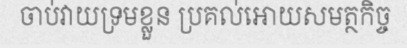
ចាប់វាយទ្រមខ្លួន ប្រគល់អោយសមត្ថកិច្ច